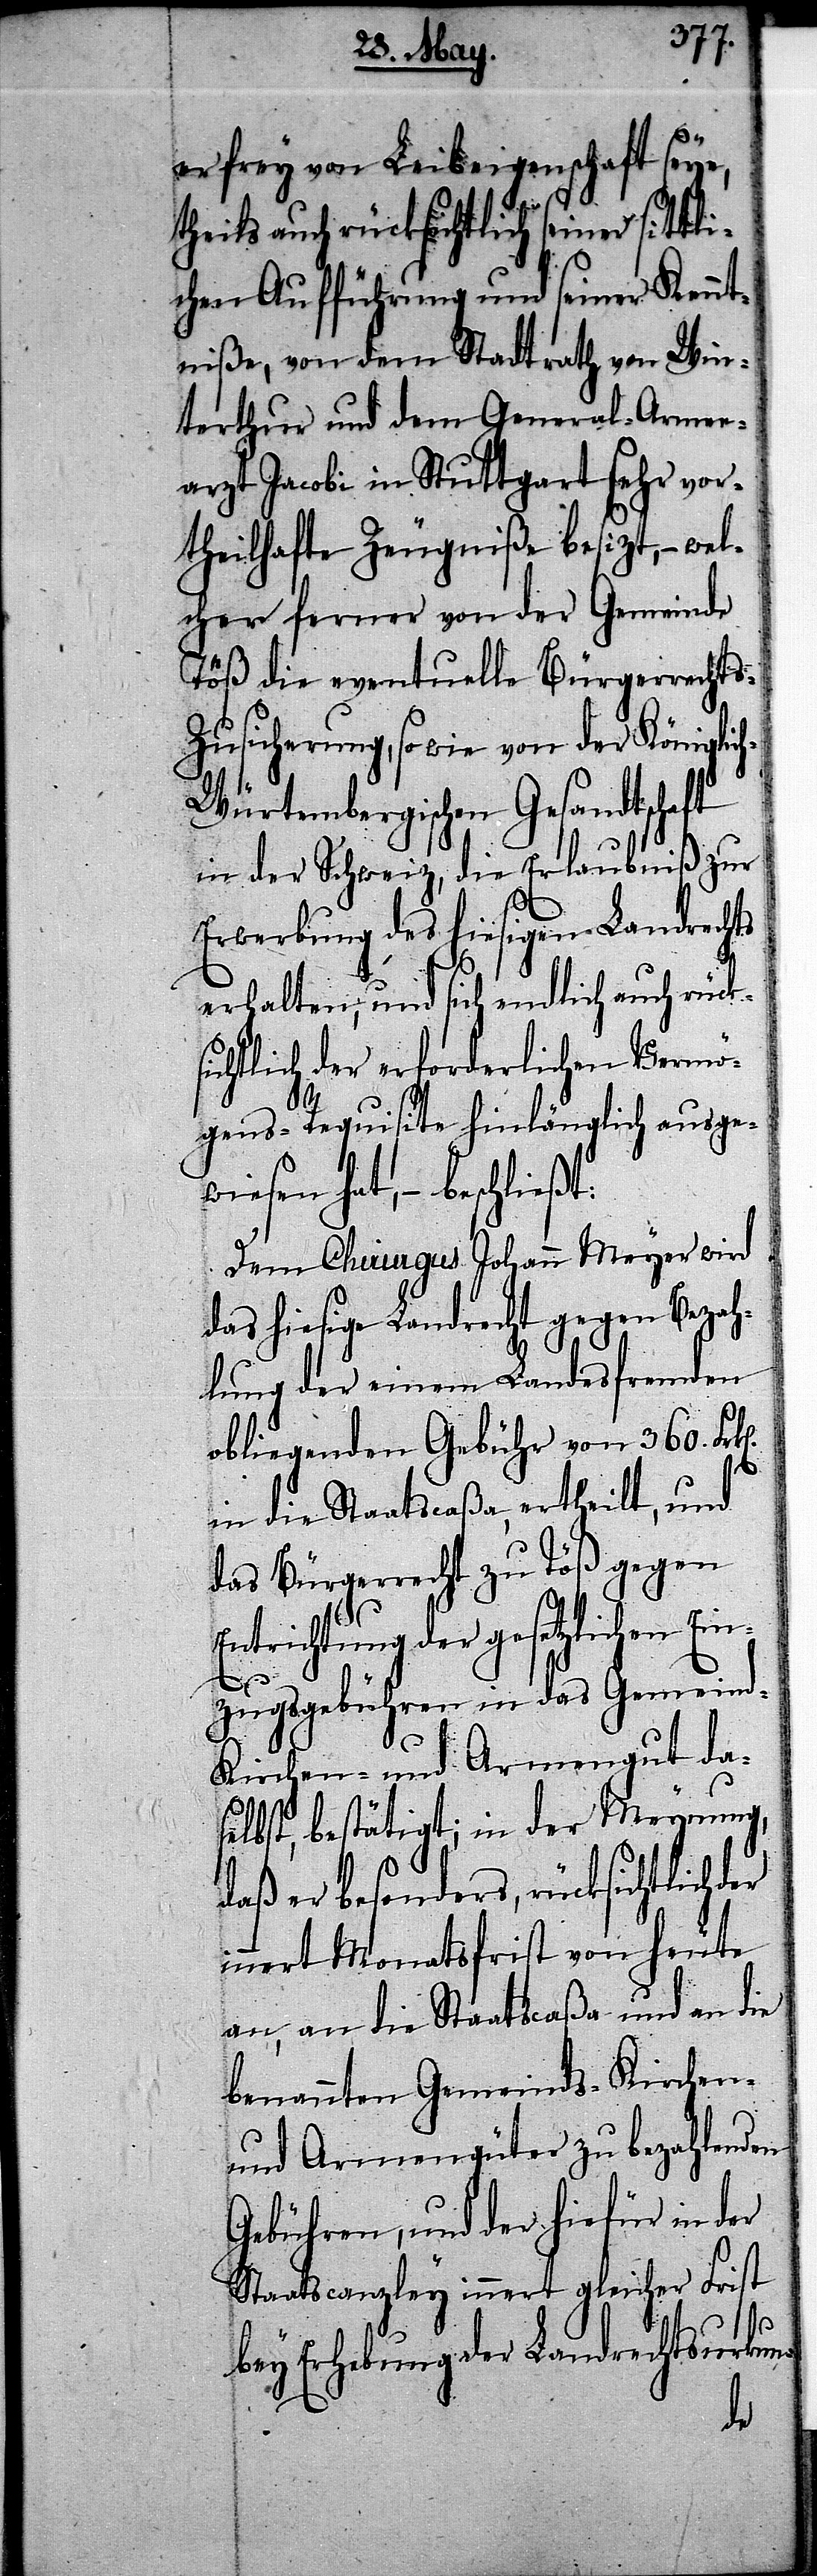
er frey von Leibeigenschaft seye,
theils auch rücksichtlich seiner sittl¬
ichen Aufführung und seiner Kennt¬
niße, von dem Stadtrath von Win¬
terthur und dem General-Armen¬
arzt Jacobi in Stuttgart sehr vor¬
theilhafte Zeugniße besizt, – wel¬
cher ferner von der Gemeinde
Töß die eventuelle Bürgerrecht¬
s-Zusicherung, sowie von der Königlic¬
h-Würtembergischen Gesandtschaft
in der Schweiz, die Erlaubniß zur
Erwerbung des hiesigen Landrecht
erhalten, und sich endlich auch rücks¬
ichtlich der erforderlichen Vermö¬
gens-Requisite hinlänglich ausgew¬
iesen hat, – beschließt:
Dem Chirurgus Johann Meyer wird
das hiesige Landrecht gegen Bezah¬
lung der einem Landesfremden
obliegenden Gebühr von 360. Fr¬
in die Staatscaßa, ertheilt, und
das Bürgerrecht zu Töß gegen
Entrichtung der gesetzlichen
zugsgebühren in das Gemeind-
Kirchen- und Armengut da¬
selbst, bestätigt; in der Meynung,
daß er besonders, rücksichtlich
innert Monatsfrist von heute
an, an die Staatscaßa und an die
benannten Gemeinds- Kirchen-
und Armengüter zu bezahlenden
Gebühren, und der hiefür in der
Staatscanzley innert gleicher Frist
Ein¬
bey Erhebung der Landrechtsurkun-
der